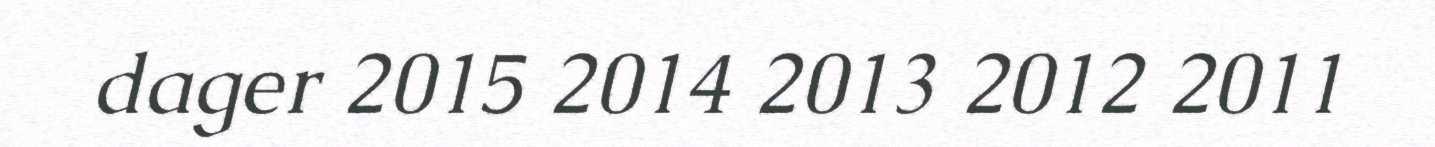
dager 2015 2014 2013 2012 2011